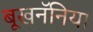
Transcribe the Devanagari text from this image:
बूखनॅनिया